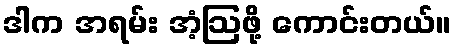
ဒါက အရမ်း အံ့ဩဖို့ ကောင်းတယ်။